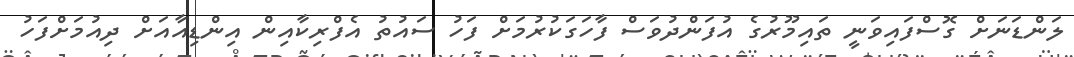
ލަންޑަނަށް ގޮސްފައިވަނީ ތައިމޫރުގެ އުފަންދުވަސް ފާހަގަކުރުމަށް ފަހު ސައުތު އެފްރިކާއިން އިންޑިއާއަށް ދިއުމަށްފަހު